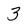
Character: 3